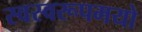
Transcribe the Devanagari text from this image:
स्वस्वरूपमयो